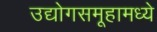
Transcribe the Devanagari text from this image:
उद्योगसमूहामध्ये